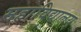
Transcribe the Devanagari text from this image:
महाविद्यालय्